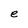
Character: e